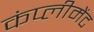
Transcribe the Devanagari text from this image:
कंप्लीमेंट